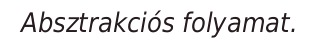
Absztrakciós folyamat.